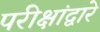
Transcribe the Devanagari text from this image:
परीक्षांद्वारे